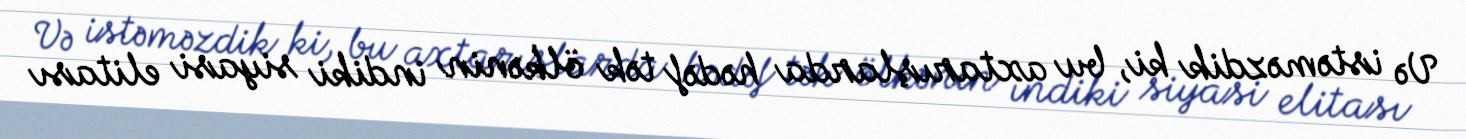
Və istəməzdik ki, bu axtarışlarda hədəf tək ölkənin indiki siyasi elitası